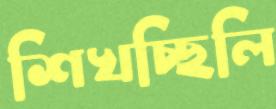
শিখচ্ছিলি